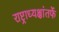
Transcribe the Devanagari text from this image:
राष्ट्राध्यक्षांतर्फे